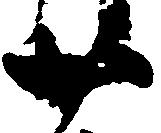
廿